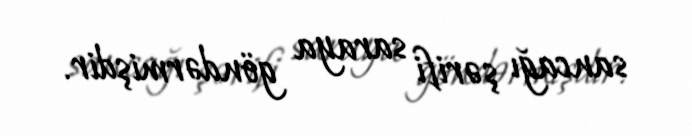
sancağı şərifi saraya göndərmişdir.